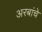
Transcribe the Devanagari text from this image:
अरबांचे